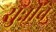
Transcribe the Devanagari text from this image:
सुन्नींचे